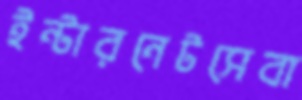
ইন্টারনেটসেবা